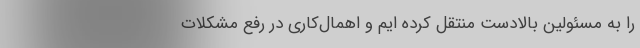
را به مسئولین بالادست منتقل کرده ایم‌ و اهمال‌کاری در رفع مشکلات